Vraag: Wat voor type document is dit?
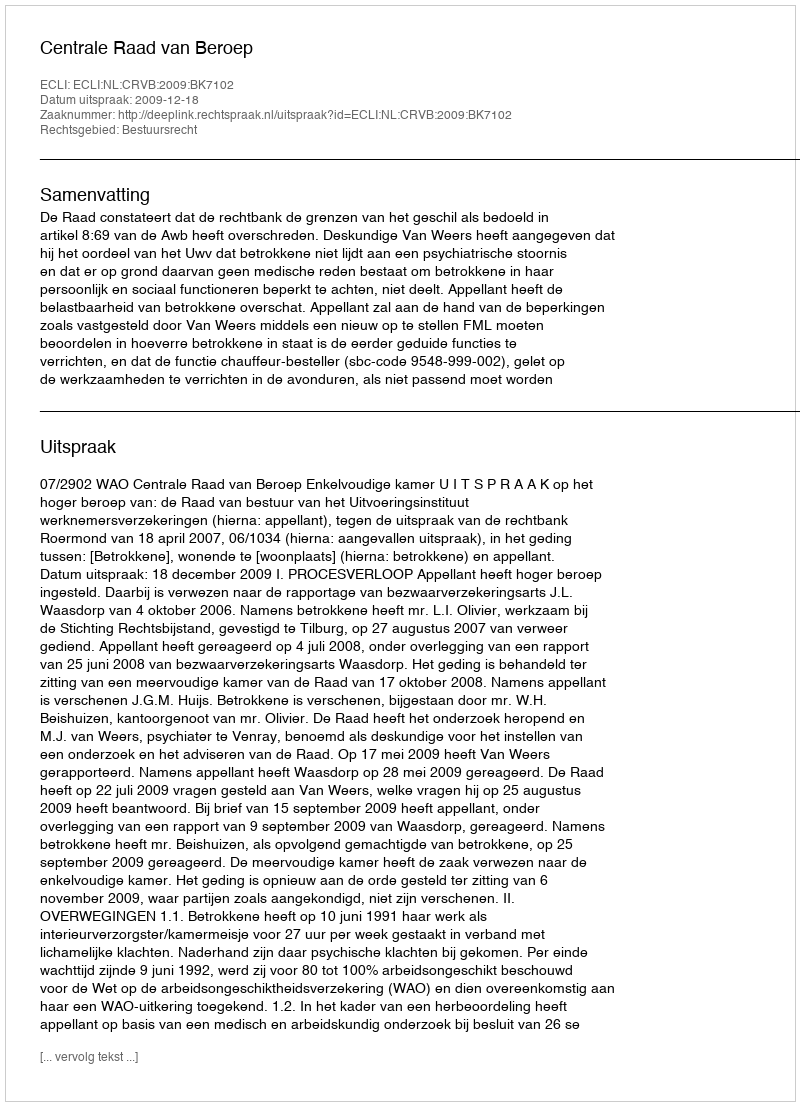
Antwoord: Uitspraak